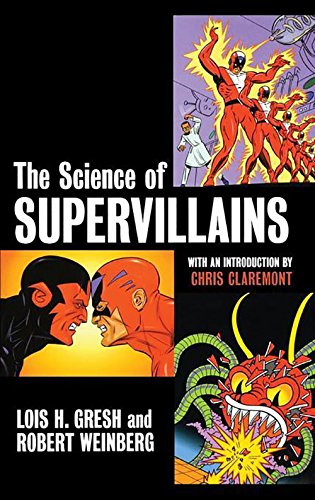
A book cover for The Science of Supervillains; Lois  H. Gresh; Humor & Entertainment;